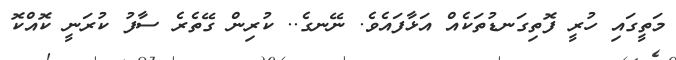
މަތީގައި ހުރީ ފޮތިގަނޑުތަކެއް އަޅާފައެވެ. ނޭނގެ.. ކުރިން ގޭތެރެ ސާފު ކުރަނީ ކޮއްކޮ